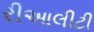
રીઆલીટી